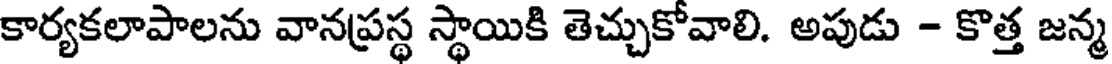
కార్యకలాపాలను వానప్రస్థ స్థాయికి తెచ్చుకోవాలి. అపుడు - కొత్త జన్మ